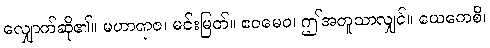
လျှောက်ဆို၏။ မဟာရာဇ၊ မင်းမြတ်။ ဧဝမေဝ၊ ဤအတူသာလျှင်။ ယေကေစိ၊